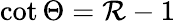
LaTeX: \cot\Theta=\mathcal{R}-1